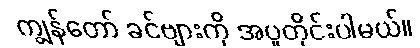
ကျွန်တော် ခင်ဗျားကို အပူတိုင်းပါမယ်။